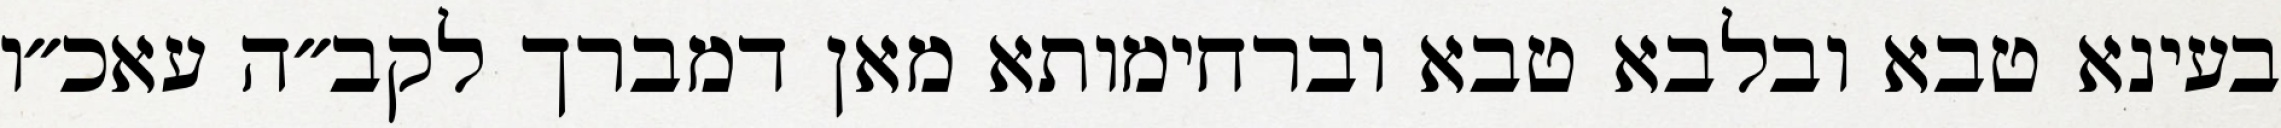
בעינא טבא ובלבא טבא וברחימותא מאן דמברך לקב״ה עאכ״ו